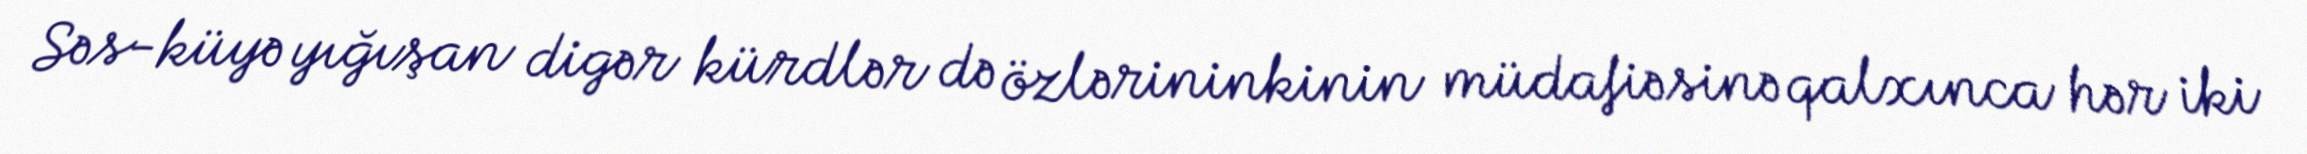
Səs-küyə yığışan digər kürdlər də özlərininkinin müdafiəsinə qalxınca hər iki